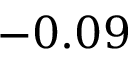
- 0 . 0 9